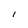
Character: I